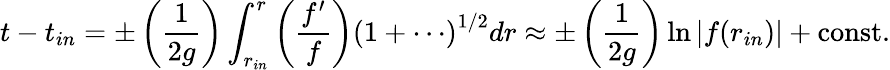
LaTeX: t-t_{in}=\pm\left({\frac{1}{2g}}\right)\int_{r_{in}}^{r}\left({\frac{f^{\prime}}{f}}\right)\left(1+\cdots\right)^{1/2}dr\approx\pm\left({\frac{1}{2g}}\right)\ln|f(r_{in})|+\mathrm{const.}